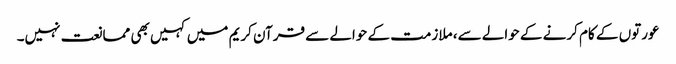
عورتوں کے کام کرنے کے حوالے سے، ملازمت کے حوالے سے قرآن کریم میں کہیں بھی ممانعت نہیں۔